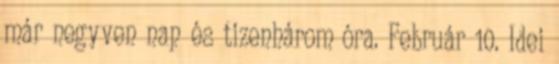
már negyven nap és tizenhárom óra. Február 10. Idei